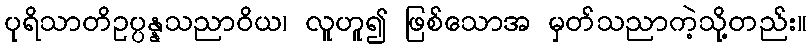
ပုရိသာတိဥပ္ပန္နသညာဝိယ၊ လူဟူ၍ ဖြစ်သောအ မှတ်သညာကဲ့သို့တည်း။